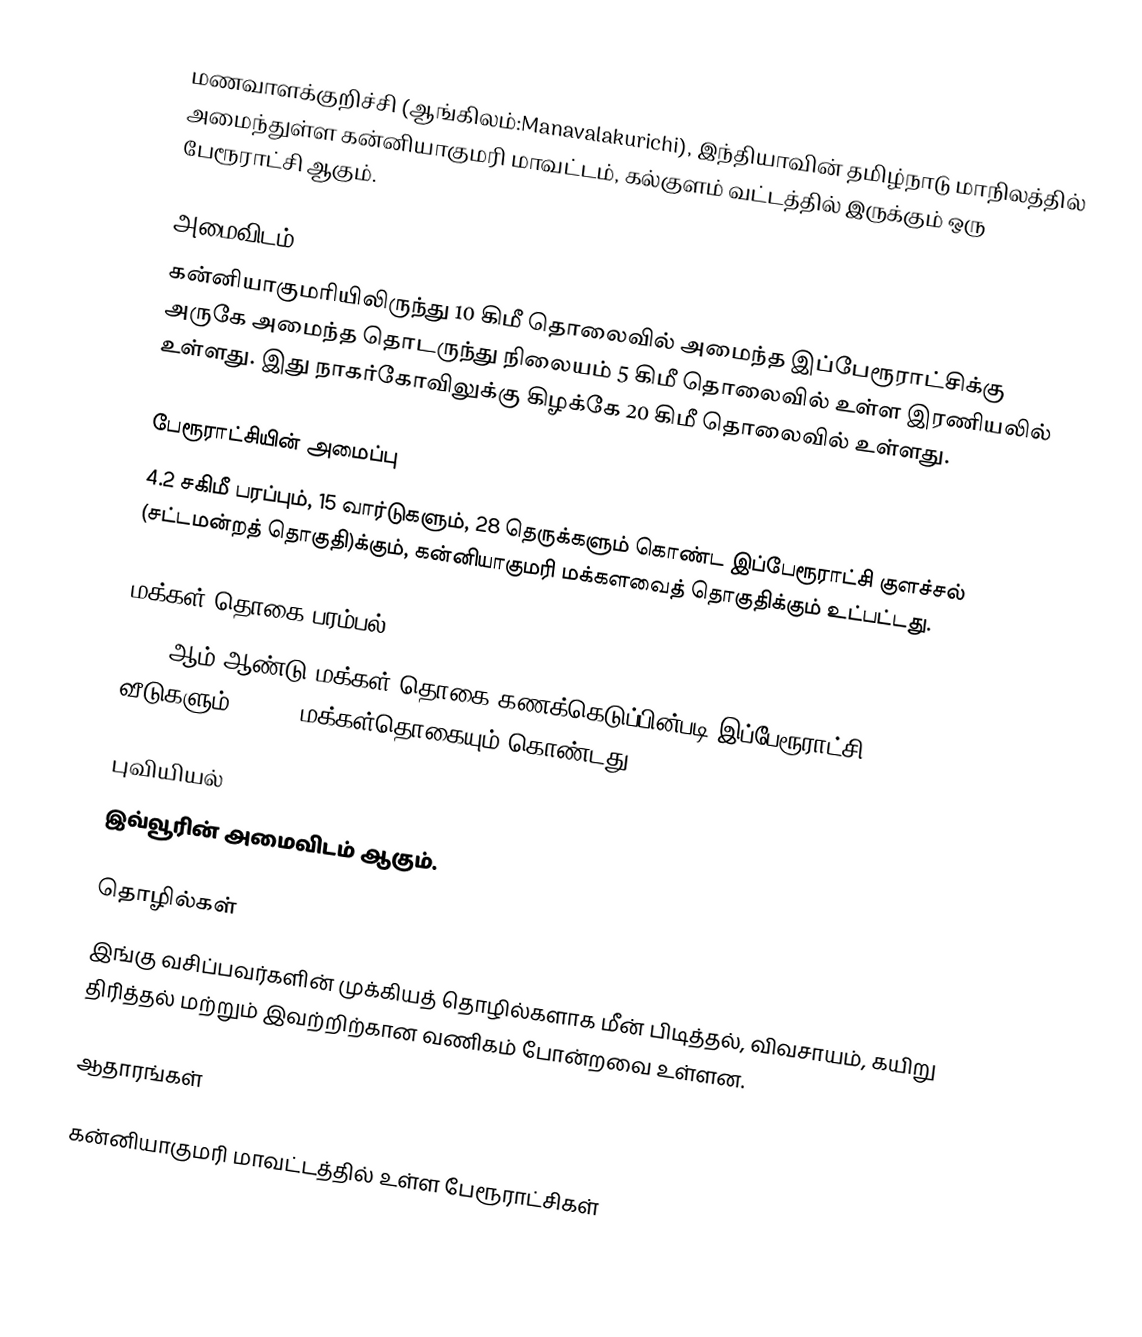
மணவாளக்குறிச்சி (ஆங்கிலம்:Manavalakurichi), இந்தியாவின் தமிழ்நாடு மாநிலத்தில் அமைந்துள்ள கன்னியாகுமரி மாவட்டம், கல்குளம் வட்டத்தில் இருக்கும் ஒரு பேரூராட்சி ஆகும்.

அமைவிடம்
கன்னியாகுமரியிலிருந்து 10 கிமீ தொலைவில் அமைந்த இப்பேரூராட்சிக்கு அருகே அமைந்த தொடருந்து நிலையம் 5 கிமீ தொலைவில் உள்ள இரணியலில் உள்ளது.  இது நாகர்கோவிலுக்கு கிழக்கே 20 கிமீ தொலைவில் உள்ளது.

பேரூராட்சியின் அமைப்பு
4.2 சகிமீ  பரப்பும், 15  வார்டுகளும், 28 தெருக்களும் கொண்ட இப்பேரூராட்சி குளச்சல் (சட்டமன்றத் தொகுதி)க்கும், கன்னியாகுமரி மக்களவைத் தொகுதிக்கும் உட்பட்டது.

மக்கள் தொகை பரம்பல்
2011-ஆம் ஆண்டு மக்கள் தொகை கணக்கெடுப்பின்படி  இப்பேரூராட்சி                         3123 வீடுகளும், 10969 மக்கள்தொகையும் கொண்டது.

புவியியல்
இவ்வூரின் அமைவிடம்  ஆகும்.

தொழில்கள்
இங்கு வசிப்பவர்களின் முக்கியத் தொழில்களாக மீன் பிடித்தல், விவசாயம், கயிறு திரித்தல் மற்றும் இவற்றிற்கான வணிகம் போன்றவை உள்ளன.

ஆதாரங்கள்

கன்னியாகுமரி மாவட்டத்தில் உள்ள பேரூராட்சிகள்